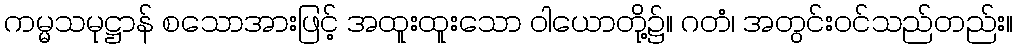
ကမ္မသမုဋ္ဌာန် စသောအားဖြင့် အထူးထူးသော ဝါယောတို့၌။ ဂတံ၊ အတွင်းဝင်သည်တည်း။